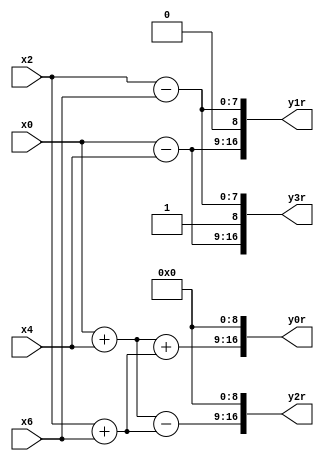
module complex_add_sub(x0,x4,x2,x6, y0r ,y1r,y2r,y3r);
input signed[7:0] x0,x4,x2,x6;
output reg signed [16:0] y0r,y1r,y2r,y3r;
reg signed[7:0] A,B,C,D;
always @(x0,x4,x2,x6)
begin
A=x0+x4;
B=x0-x4;
C=x2+x6;
D=x2-x6;
/*8 bit real part,1 bit for deciding operation, 8 bit imag part*/
y0r={(A+C),1'b0,8'b0}; 
y1r={B,1'b0,D};
y2r={(A-C),1'b0,8'b0};
y3r={B,1'b1,D};
end
endmodule